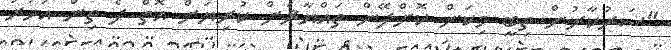
"ސަރުކާރުން ތިބީ މިކަން ކޮށްދޭން ތައްޔާޜަށް ކުރިޔަށް އޮތް ދެ ތިން އަހަރު